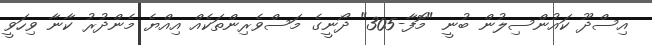
އިސްދޫ ކައުންސިލުން ބުނީ "މޮފާ-305" ދޯނީގެ މަސްވެރިންތަކެއް އިއްޔެ މެންދުރު ކާނާ ވިހަވީ